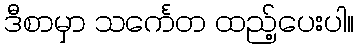
ဒီစာမှာ သင်္ကေတ ထည့်ပေးပါ။